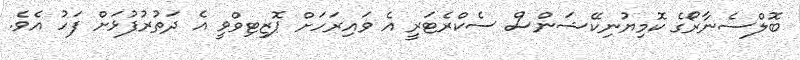
ބޮލްސެނާރޯގެ ކޮމިޔުނިކޭޝަންސް ސެކްރެޓަރީ އެ ވައިރަހަށް ޕޮޒިޓިވްވީ އެ ދަތުރުފުޅަށް ފަހު އެވެ.